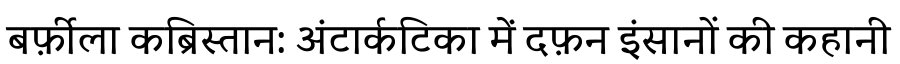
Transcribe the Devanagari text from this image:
बर्फ़ीला कब्रिस्तान: अंटार्कटिका में दफ़न इंसानों की कहानी